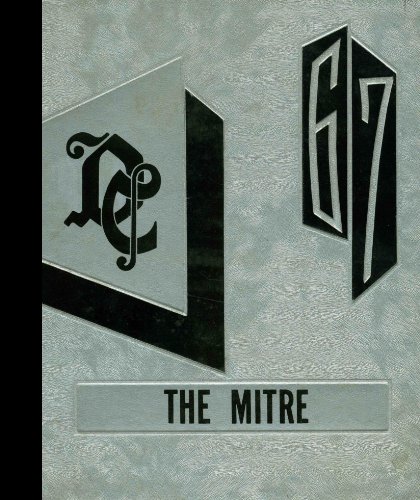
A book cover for (Reprint) 1967 Yearbook: Cathedral High School, Detroit, Michigan; Reference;